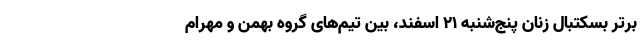
برتر بسکتبال زنان پنج‌شنبه ۲۱ اسفند، بین تیم‌های گروه بهمن و مهرام